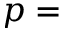
p =